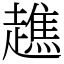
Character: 趭